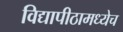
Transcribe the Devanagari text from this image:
विद्यापीठामध्येच